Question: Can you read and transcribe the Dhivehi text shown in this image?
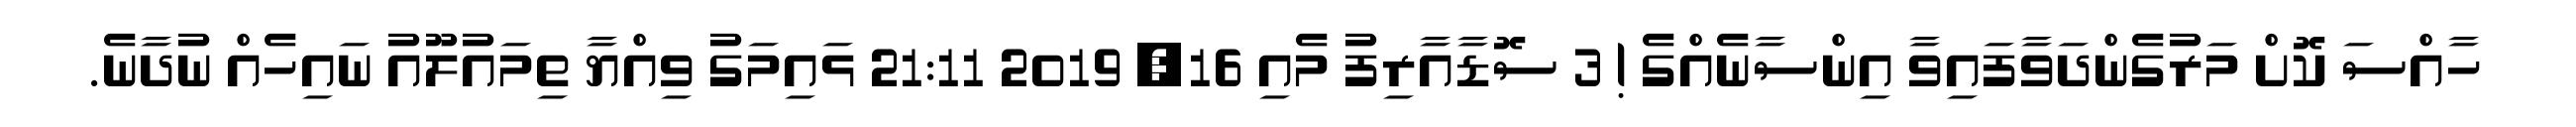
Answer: ހާއްސަ ކޮށް މަރުގެންދަވާފައިވާ އިންސާނެއްގެ ! 3 ސޮޑާއާރިފު މެއި 16, 2019 21:11 ޅައިމަގު ވިއްޔާ ތިމައުލޫއު ނައިހެއް ނުދާނެ.